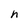
Character: h